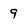
Character: 9